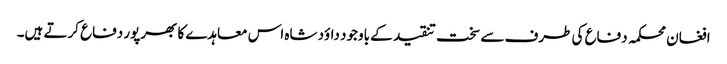
افغان محکمہ دفاع کی طرف سے سخت تنقید کے باوجود داؤد شاہ اس معاہدے کا بھرپور دفاع کرتے ہیں۔